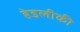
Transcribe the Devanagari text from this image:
हेडलीकी